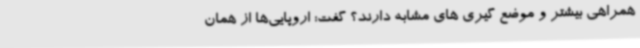
همراهی بیشتر و موضع گیری های مشابه دارند؟ گفت: اروپایی‌ها از همان